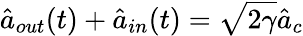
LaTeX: \hat{a}_{out}(t)+\hat{a}_{in}(t)=\sqrt{2\gamma}\hat{a}_{c}